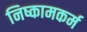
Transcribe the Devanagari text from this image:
निष्कामकर्म